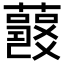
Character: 𧂘